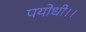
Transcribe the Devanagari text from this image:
पयोधी।।